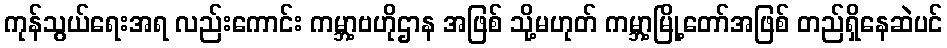
ကုန်သွယ်ရေးအရ လည်းကောင်း ကမ္ဘာ့ဗဟိုဌာန အဖြစ် သို့မဟုတ် ကမ္ဘာ့မြို့တော်အဖြစ် တည်ရှိနေဆဲပင်